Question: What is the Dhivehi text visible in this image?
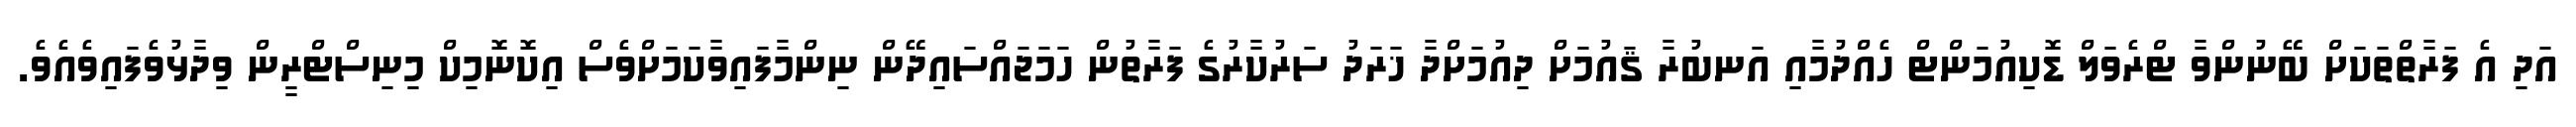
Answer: އަދި އެ ފަރާތްތަކަށް ބޭނުންވާ ޓްރެވަލް ޑޮކިއުމަންޓް ހެއްދުމާއި އަނބުރާ ޤައުމަށް ދިއުމަށްދާ ޚަރަދު ސަރުކާރުގެ ފަރާތުން ހަމަޖައްސައިދޭން ނިންމާފައިވާކަމަށްވެސް އިކޮނޮމިކް މިނިސްޓްރީން ވިދާޅުވެފައިވެއެވެ.